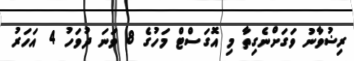
ރިޟުވާނު ވަގަށްނެގިތާ މި އޮގަސްޓް މަހުގެ 8 ވަނަ ދުވަހު 4 އަހަރު